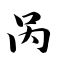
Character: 呙